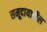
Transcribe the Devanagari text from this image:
समूदायातील